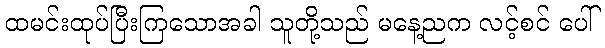
ထမင်းထုပ်ပြီးကြသောအခါ သူတို့သည် မနေ့ညက လင့်စင် ပေါ်